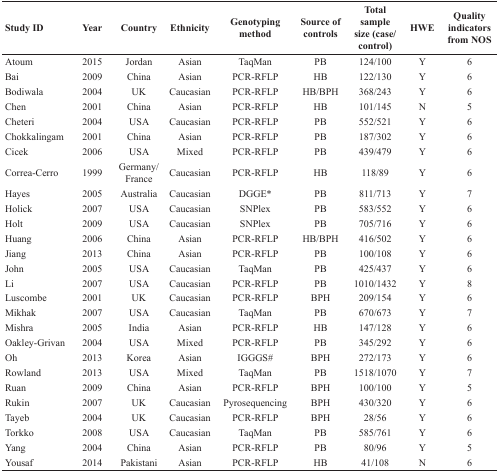
<table><thead><tr><td><b>Study ID</b></td><td><b>Year</b></td><td><b>Country</b></td><td><b>Ethnicity</b></td><td><b>Genotyping method</b></td><td><b>Source of controls</b></td><td><b>Total sample size (case/control)</b></td><td><b>HWE</b></td><td><b>Quality indicators from NOS</b></td></tr></thead><tbody><tr><td>Atoum</td><td>2015</td><td>Jordan</td><td>Asian</td><td>TaqMan</td><td>PB</td><td>124/100</td><td>Y</td><td>6</td></tr><tr><td>Bai</td><td>2009</td><td>China</td><td>Asian</td><td>PCR-RFLP</td><td>HB</td><td>122/130</td><td>Y</td><td>6</td></tr><tr><td>Bodiwala</td><td>2004</td><td>UK</td><td>Caucasian</td><td>PCR-RFLP</td><td>HB/BPH</td><td>368/243</td><td>Y</td><td>6</td></tr><tr><td>Chen</td><td>2001</td><td>China</td><td>Asian</td><td>PCR-RFLP</td><td>HB</td><td>101/145</td><td>N</td><td>5</td></tr><tr><td>Cheteri</td><td>2004</td><td>USA</td><td>Caucasian</td><td>PCR-RFLP</td><td>PB</td><td>552/521</td><td>Y</td><td>6</td></tr><tr><td>Chokkalingam</td><td>2001</td><td>China</td><td>Asian</td><td>PCR-RFLP</td><td>PB</td><td>187/302</td><td>Y</td><td>6</td></tr><tr><td>Cicek</td><td>2006</td><td>USA</td><td>Mixed</td><td>PCR-RFLP</td><td>PB</td><td>439/479</td><td>Y</td><td>6</td></tr><tr><td>Correa-Cerro</td><td>1999</td><td>Germany/France</td><td>Caucasian</td><td>PCR-RFLP</td><td>HB</td><td>118/89</td><td>Y</td><td>6</td></tr><tr><td>Hayes</td><td>2005</td><td>Australia</td><td>Caucasian</td><td>DGGE*</td><td>PB</td><td>811/713</td><td>Y</td><td>7</td></tr><tr><td>Holick</td><td>2007</td><td>USA</td><td>Caucasian</td><td>SNPlex</td><td>PB</td><td>583/552</td><td>Y</td><td>6</td></tr><tr><td>Holt</td><td>2009</td><td>USA</td><td>Caucasian</td><td>SNPlex</td><td>PB</td><td>705/716</td><td>Y</td><td>6</td></tr><tr><td>Huang</td><td>2006</td><td>China</td><td>Asian</td><td>PCR-RFLP</td><td>HB/BPH</td><td>416/502</td><td>Y</td><td>6</td></tr><tr><td>Jiang</td><td>2013</td><td>China</td><td>Asian</td><td>PCR-RFLP</td><td>PB</td><td>100/108</td><td>Y</td><td>6</td></tr><tr><td>John</td><td>2005</td><td>USA</td><td>Caucasian</td><td>TaqMan</td><td>PB</td><td>425/437</td><td>Y</td><td>6</td></tr><tr><td>Li</td><td>2007</td><td>USA</td><td>Caucasian</td><td>PCR-RFLP</td><td>PB</td><td>1010/1432</td><td>Y</td><td>8</td></tr><tr><td>Luscombe</td><td>2001</td><td>UK</td><td>Caucasian</td><td>PCR-RFLP</td><td>BPH</td><td>209/154</td><td>Y</td><td>6</td></tr><tr><td>Mikhak</td><td>2007</td><td>USA</td><td>Caucasian</td><td>TaqMan</td><td>PB</td><td>670/673</td><td>Y</td><td>7</td></tr><tr><td>Mishra</td><td>2005</td><td>India</td><td>Asian</td><td>PCR-RFLP</td><td>HB</td><td>147/128</td><td>Y</td><td>6</td></tr><tr><td>Oakley-Grivan</td><td>2004</td><td>USA</td><td>Mixed</td><td>PCR-RFLP</td><td>PB</td><td>345/292</td><td>Y</td><td>6</td></tr><tr><td>Oh</td><td>2013</td><td>Korea</td><td>Asian</td><td>IGGGS#</td><td>BPH</td><td>272/173</td><td>Y</td><td>6</td></tr><tr><td>Rowland</td><td>2013</td><td>USA</td><td>Mixed</td><td>TaqMan</td><td>PB</td><td>1518/1070</td><td>Y</td><td>7</td></tr><tr><td>Ruan</td><td>2009</td><td>China</td><td>Asian</td><td>PCR-RFLP</td><td>BPH</td><td>100/100</td><td>Y</td><td>5</td></tr><tr><td>Rukin</td><td>2007</td><td>UK</td><td>Caucasian</td><td>Pyrosequencing</td><td>BPH</td><td>430/320</td><td>Y</td><td>6</td></tr><tr><td>Tayeb</td><td>2004</td><td>UK</td><td>Caucasian</td><td>PCR-RFLP</td><td>BPH</td><td>28/56</td><td>Y</td><td>6</td></tr><tr><td>Torkko</td><td>2008</td><td>USA</td><td>Caucasian</td><td>TaqMan</td><td>PB</td><td>585/761</td><td>Y</td><td>6</td></tr><tr><td>Yang</td><td>2004</td><td>China</td><td>Asian</td><td>PCR-RFLP</td><td>PB</td><td>80/96</td><td>Y</td><td>5</td></tr><tr><td>Yousaf</td><td>2014</td><td>Pakistani</td><td>Asian</td><td>PCR-RFLP</td><td>HB</td><td>41/108</td><td>N</td><td>6</td></tr></tbody></table>